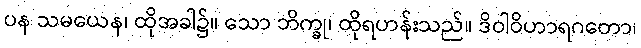
ပန သမယေန၊ ထိုအခါ၌။ သော ဘိက္ခု၊ ထိုရဟန်းသည်။ ဒိဝါဝိဟာရဂတော၊